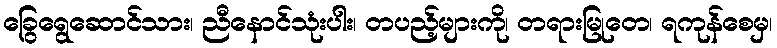
ခြွေရွေဆောင်သား၊ ညီနောင်သုံးပါး၊ တပည့်များကို၊ တရားမြုတေ၊ ရကုန်စေမှ၊